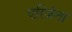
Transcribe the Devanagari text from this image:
एरिजेना